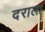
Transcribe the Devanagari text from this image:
दराला